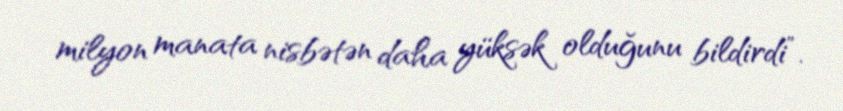
milyon manata nisbətən daha yüksək olduğunu bildirdi”.